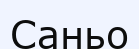
Саньо